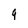
Character: g